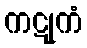
ကဋုကံ